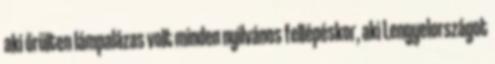
aki őrülten lámpalázas volt minden nyilvános fellépéskor, aki Lengyelországot